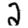
Digit: 2